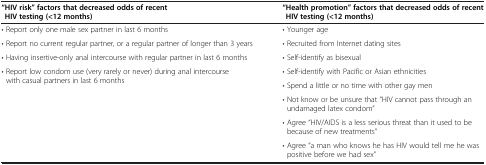
<table><thead><tr><td><b>“HIV risk” factors that decreased odds of recent HIV testing (&lt;12 months)</b></td><td><b>“Health promotion” factors that decreased odds of recent HIV testing (&lt;12 months)</b></td></tr></thead><tbody><tr><td>• Report only one male sex partner in last 6 months</td><td>• Younger age</td></tr><tr><td>• Report no current regular partner, or a regular partner of longer than 3 years</td><td>• Recruited from Internet dating sites</td></tr><tr><td>• Having insertive-only anal intercourse with regular partner in last 6 months</td><td>• Self-identify as bisexual</td></tr><tr><td rowspan="5">• Report low condom use (very rarely or never) during anal intercourse with casual partners in last 6 months</td><td>• Self-identify with Pacific or Asian ethnicities</td></tr><tr><td>• Spend a little or no time with other gay men</td></tr><tr><td>• Not know or be unsure that “HIV cannot pass through an undamaged latex condom”</td></tr><tr><td>• Agree “HIV/AIDS is a less serious threat than it used to be because of new treatments”</td></tr><tr><td>• Agree “a man who knows he has HIV would tell me he was positive before we had sex”</td></tr></tbody></table>